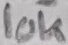
Text: 10K